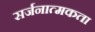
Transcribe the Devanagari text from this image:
सर्जनात्‍मकता